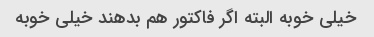
خیلی خوبه البته اگر فاکتور هم بدهند خیلی خوبه